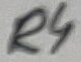
Text: R4